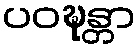
ပဝဍ္ဎန္တာ